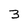
Character: 3